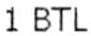
1 BTL